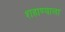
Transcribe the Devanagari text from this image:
शहाण्याला